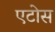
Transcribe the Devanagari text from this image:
एटोस